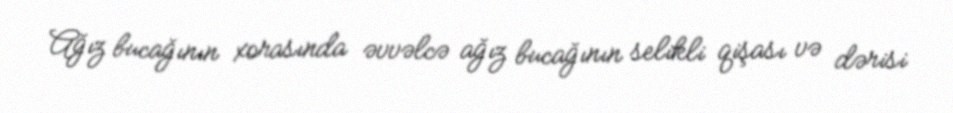
Ağız bucağının xorasında əvvəlcə ağız bucağının selikli qişası və dərisi